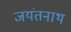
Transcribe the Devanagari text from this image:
जयंतनाथ